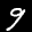
Label: 9